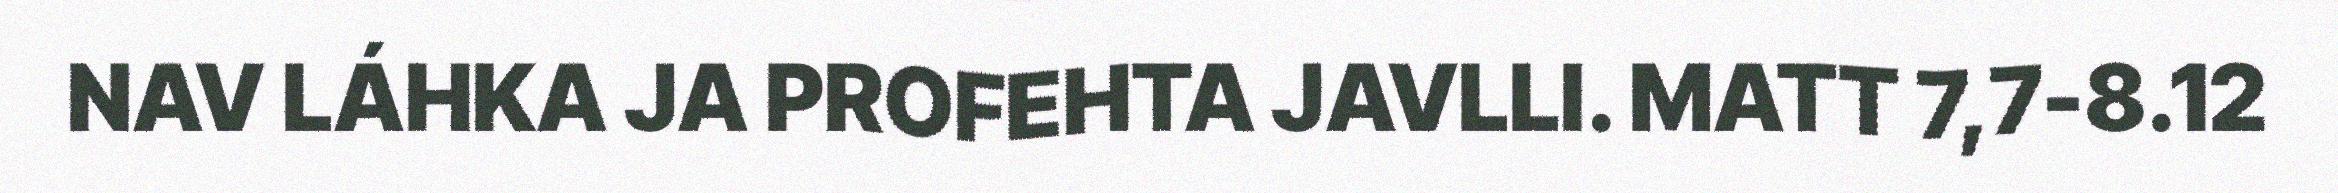
NAV LÁHKA JA PROFEHTA JAVLLI. MATT 7,7-8.12